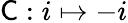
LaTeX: {\mathsf{C}}:i\mapsto-i